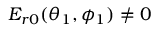
E _ { r 0 } ( \theta _ { 1 } , \phi _ { 1 } ) \neq 0